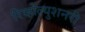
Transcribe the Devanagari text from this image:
रिव्होल्युशनरी